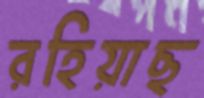
রহিয়াছ